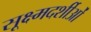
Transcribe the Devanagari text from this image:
सूक्ष्मदर्शीओं